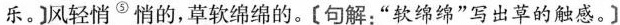
乐。]风轻悄^{⑤}悄的,草软绵绵的。【句解.“软绵绵”写出草的触感。】